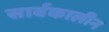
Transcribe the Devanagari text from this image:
सार्वकालीन